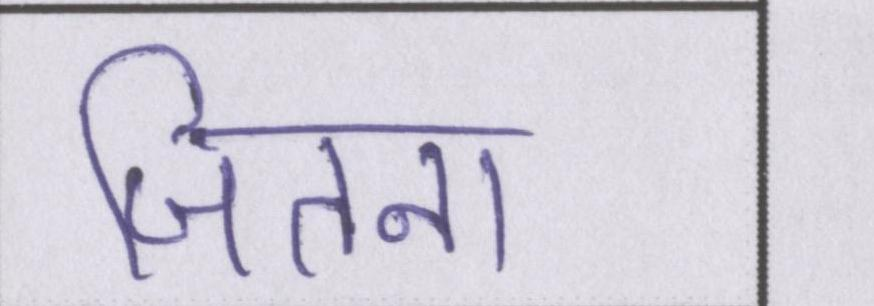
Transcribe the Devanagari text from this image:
जितना